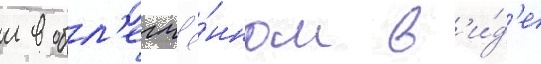
м в обл'егчё́нном в'и́д'е